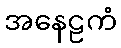
အနေဠကံ